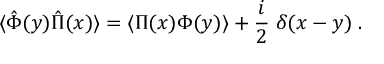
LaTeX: \langle \hat { \Phi } ( y ) \hat { \Pi } ( x ) \rangle = \langle \Pi ( x ) \Phi ( y ) \rangle + { \frac { i } { 2 } } \; \delta ( x - y ) \; .